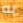
به